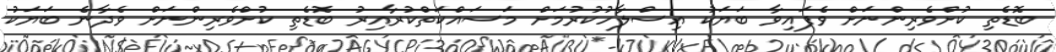
ބޮޑެތި ކުށްވެރިންނަށް ވެފައިވާ ބަޔަކު އިސްލާހުކުރުމަށް މަސައްކަތްކުރާއިރު ބޮޑެތި ކުށްވެރިންނަށް ވެދާނެ ބަޔަކު